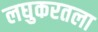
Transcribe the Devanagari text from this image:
लघुकरतला